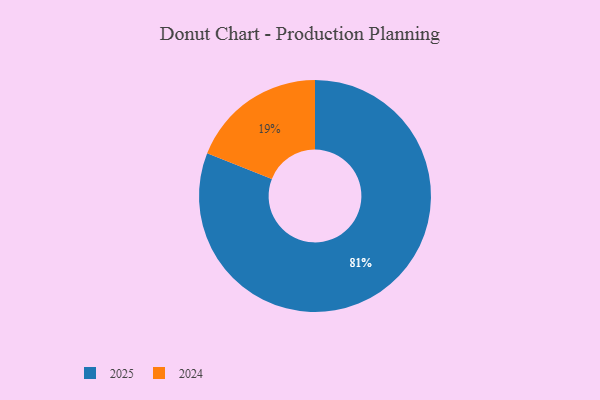
{"axis": {"x": "Category", "y": "Percentage"}, "legend": ["2024", "2025"], "data": [{"x": "2024", "y": 19, "type": "2024"}, {"x": "2025", "y": 81, "type": "2025"}]}